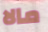
مالا